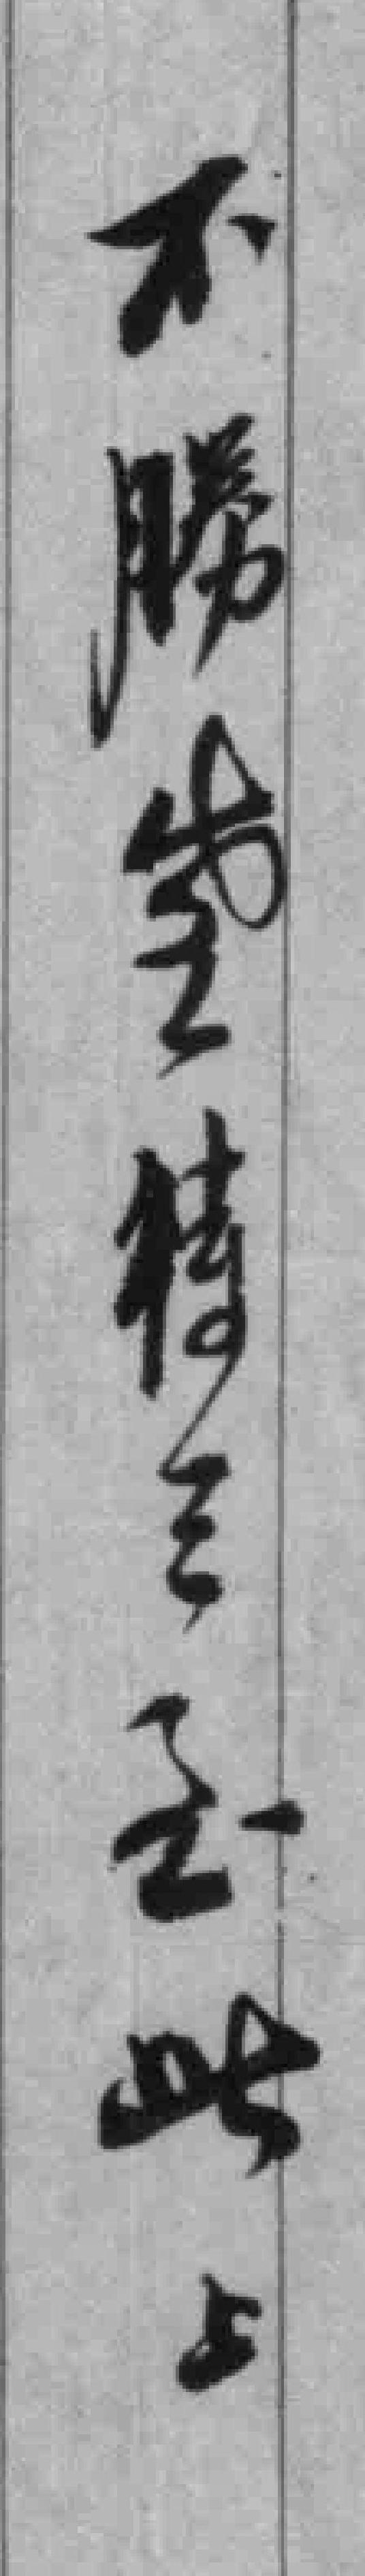
不勝*特三*此上